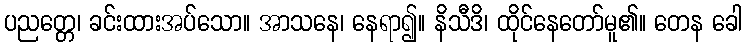
ပညတ္တေ၊ ခင်းထားအပ်သော။ အာသနေ၊ နေရာ၍။ နိသီဒိ၊ ထိုင်နေတော်မူ၏။ တေန ခေါ